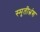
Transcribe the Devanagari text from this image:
स्मृतीभ्रंश